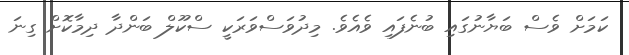
ކަމަށް ވެސް ބަޔާނުގައި ބުނެފައި ވެއެވެ. މިދުވަސްވަރަކީ ސްކޫލް ބަންދާ ދިމާކޮށް ގިނަ